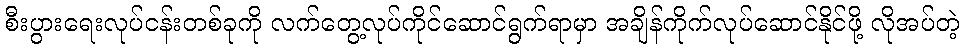
စီးပွားရေးလုပ်ငန်းတစ်ခုကို လက်တွေ့လုပ်ကိုင်ဆောင်ရွက်ရာမှာ အချိန်ကိုက်လုပ်ဆောင်နိုင်ဖို့ လိုအပ်တဲ့